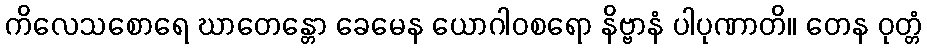
ကိလေသစောရေ ဃာတေန္တော ခေမေန ယောဂါဝစရော နိဗ္ဗာနံ ပါပုဏာတိ။ တေန ဝုတ္တံ